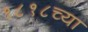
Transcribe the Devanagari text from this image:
१८१८च्या